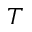
T